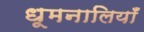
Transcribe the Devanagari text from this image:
धूमनालियाँ